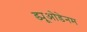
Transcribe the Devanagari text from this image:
ड्यूओडेनम